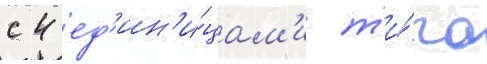
с 4 ед'ин'и́цам'и т'и́па